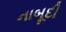
નાબૂદી